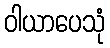
ဝါယာပေသုံ